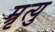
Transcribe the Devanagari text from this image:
म्रृत्यु